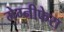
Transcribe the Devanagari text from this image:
मेग्‍नीफेरा